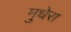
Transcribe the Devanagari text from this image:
मुधेरा